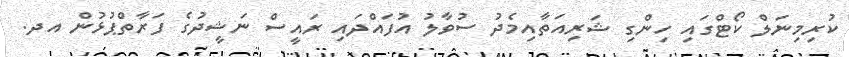
ކުރިމިނަލް ކޯޓްގައި ހިންގި ޝަރިއަތާއިމެދު ސުވާލު އުފައްދައި ރައީސް ނަޝީދުގެ ފަރާތްޕުޅުން އދ.